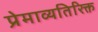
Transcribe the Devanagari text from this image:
प्रेमाव्यतिरिक्त